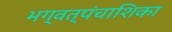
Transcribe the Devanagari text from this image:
भग्वत्पंचाशिका